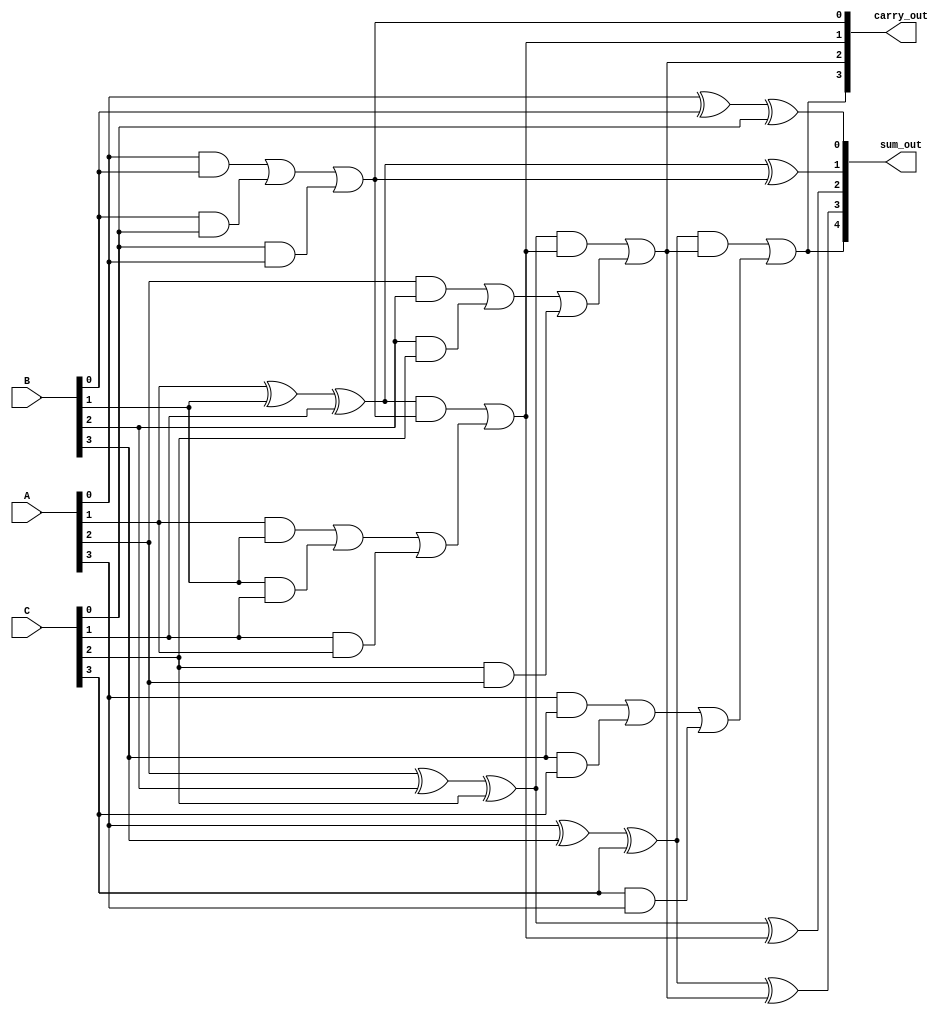
module carry_save_adder (
    input [3:0] A,  // First 4-bit input
    input [3:0] B,  // Second 4-bit input
    input [3:0] C,  // Third 4-bit input
    output [4:0] sum_out,  // Final sum output
    output [4:0] carry_out  // Final carry output
);

    // Intermediate sum and carry signals
    wire [4:0] sum1, carry1;  // First level outputs
    wire [4:0] sum2, carry2;  // Second level outputs

    // First level of Full Adders
    assign sum1[0] = A[0] ^ B[0] ^ C[0];  // Sum bit 0
    assign carry1[0] = (A[0] & B[0]) | (B[0] & C[0]) | (C[0] & A[0]);  // Carry bit 0

    assign sum1[1] = A[1] ^ B[1] ^ C[1];  // Sum bit 1
    assign carry1[1] = (A[1] & B[1]) | (B[1] & C[1]) | (C[1] & A[1]);  // Carry bit 1

    assign sum1[2] = A[2] ^ B[2] ^ C[2];  // Sum bit 2
    assign carry1[2] = (A[2] & B[2]) | (B[2] & C[2]) | (C[2] & A[2]);  // Carry bit 2

    assign sum1[3] = A[3] ^ B[3] ^ C[3];  // Sum bit 3
    assign carry1[3] = (A[3] & B[3]) | (B[3] & C[3]) | (C[3] & A[3]);  // Carry bit 3

    // Carry from the first level to the second level
    assign sum1[4] = 0;  // Initialize carry bit for the next level
    assign carry1[4] = 0;  // Initialize carry bit for the next level

    // Second level of Full Adders
    assign sum2[0] = sum1[0];  // Pass through sum bit 0
    assign carry2[0] = carry1[0];  // Pass through carry bit 0

    assign sum2[1] = sum1[1] ^ carry1[0];  // Sum bit 1
    assign carry2[1] = (sum1[1] & carry1[0]) | carry1[1];  // Carry bit 1

    assign sum2[2] = sum1[2] ^ carry2[1];  // Sum bit 2
    assign carry2[2] = (sum1[2] & carry2[1]) | carry1[2];  // Carry bit 2

    assign sum2[3] = sum1[3] ^ carry2[2];  // Sum bit 3
    assign carry2[3] = (sum1[3] & carry2[2]) | carry1[3];  // Carry bit 3

    assign sum2[4] = carry2[3];  // Final carry out

    // Final output assignment
    assign sum_out = sum2;  // Final sum output
    assign carry_out = carry2;  // Final carry output

endmodule